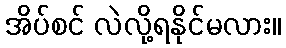
အိပ်စင် လဲလို့ရနိုင်မလား။